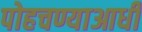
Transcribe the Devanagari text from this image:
पोहचण्याआधी